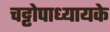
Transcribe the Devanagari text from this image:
चट्टोपाध्यायके